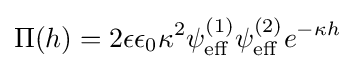
\Pi (h)=2\epsilon \epsilon _{0}\kappa ^{2}\psi _{\rm {eff}}^{(1)}\psi _{\rm {eff}}^{(2)}e^{-\kappa h}